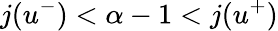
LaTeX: j(u^{-})<\alpha-1<j(u^{+})